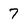
Character: 7